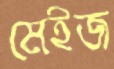
মেইজ